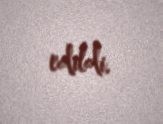
edildi.